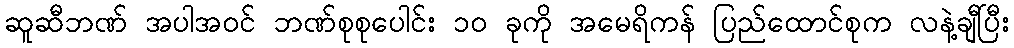
ဆူဆီဘဏ် အပါအဝင် ဘဏ်စုစုပေါင်း ၁၀ ခုကို အမေရိကန် ပြည်ထောင်စုက လနဲ့ချီပြီး